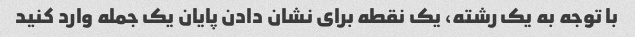
با توجه به یک رشته، یک نقطه برای نشان دادن پایان یک جمله وارد کنید